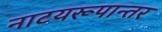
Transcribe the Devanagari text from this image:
नाटयरूपान्तर